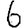
Digit: 6